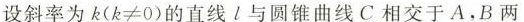
设斜率为k($$k ≠ 0$$)的直线l与圆锥曲线C相交于A.B两